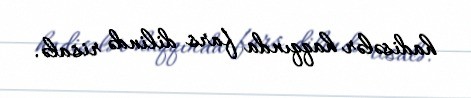
hadisələr haqqında fars dilində risalə.